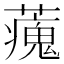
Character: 藱